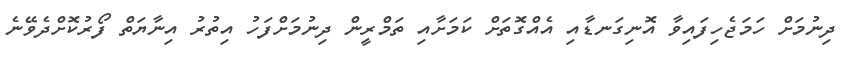
ދިނުމަށް ހަމަޖެހިފައިވާ އޮނިގަނޑާއި އެއްގޮތަށް ކަމަށާއި ތަމްރީން ދިނުމަށްފަހު އިތުރު އިނާޔަތް ފޯރުކޮށްދެވޭނެ